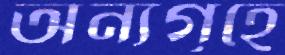
অন্যগৃহে